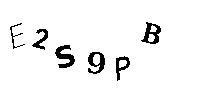
E2S9PB